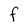
Character: F